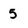
Character: 5